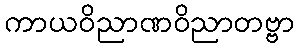
ကာယဝိညာဏဝိညာတဗ္ဗာ